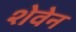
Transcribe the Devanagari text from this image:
शेवेन